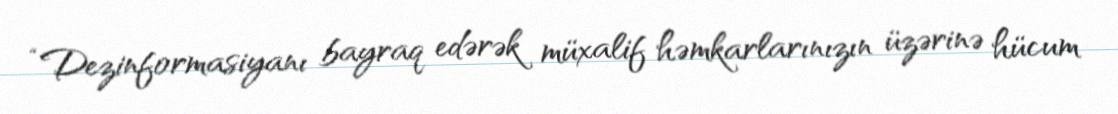
“Dezinformasiyanı bayraq edərək müxalif həmkarlarınızın üzərinə hücum